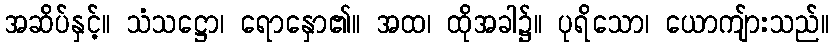
အဆိပ်နှင့်။ သံသဋ္ဌော၊ ရောနှော၏။ အထ၊ ထိုအခါ၌။ ပုရိသော၊ ယောကျ်ားသည်။